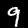
Digit: 9